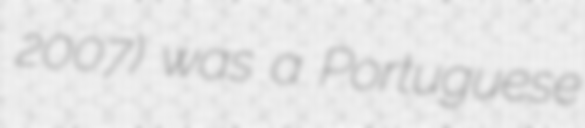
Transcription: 2007) was a Portuguese